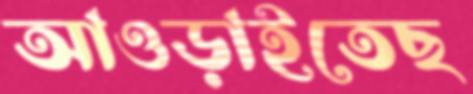
আওড়াইতেছ